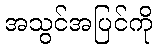
အသွင်အပြင်ကို